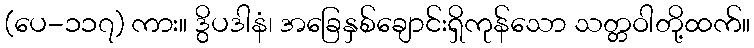
(ပေ-၁၁၇) ကား။ ဒွိပဒါနံ၊ အခြေနှစ်ချောင်းရှိကုန်သော သတ္တဝါတို့ထက်။